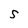
Character: S